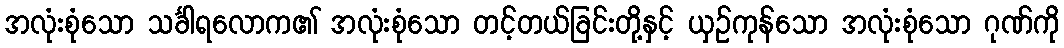
အလုံးစုံသော သင်္ခါရလောက၏ အလုံးစုံသော တင့်တယ်ခြင်းတို့နှင့် ယှဉ်ကုန်သော အလုံးစုံသော ဂုဏ်ကို